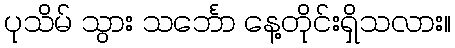
ပုသိမ် သွား သင်္ဘော နေ့တိုင်းရှိသလား။